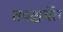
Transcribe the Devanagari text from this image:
तपश्चर्येत